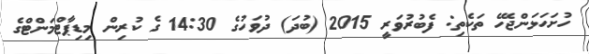
ހުށަހަޅަންޖެހޭ ތަކެތި: ފެބުރުވަރީ 2015 (ބުދަ) ދުވަހުގެ 14:30 ގެ ކުރިން މިޑިޕާޓްމަންޓްގެ